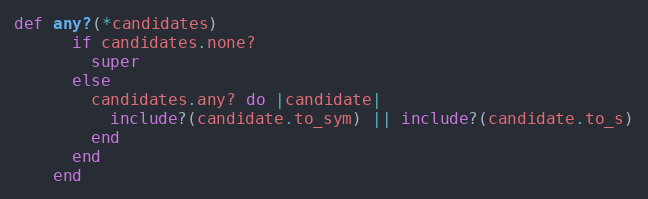
Language: Ruby
def any?(*candidates)
      if candidates.none?
        super
      else
        candidates.any? do |candidate|
          include?(candidate.to_sym) || include?(candidate.to_s)
        end
      end
    end